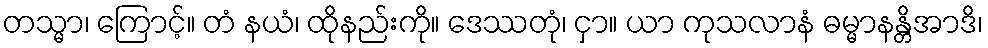
တသ္မာ၊ ကြောင့်။ တံ နယံ၊ ထိုနည်းကို။ ဒေဿတုံ၊ ငှာ။ ယာ ကုသလာနံ ဓမ္မာနန္တိအာဒိ၊